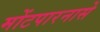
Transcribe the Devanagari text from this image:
मोंटपारनासे